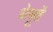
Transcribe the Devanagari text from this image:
धेनूतें